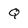
Character: Q